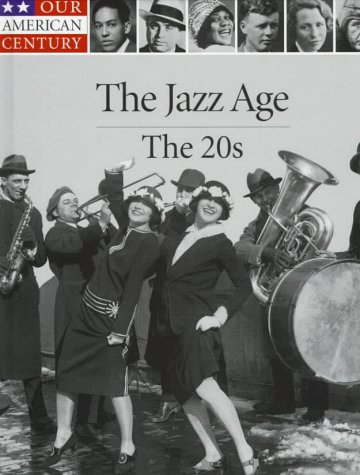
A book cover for The Jazz Age: The 20s (Our American Century); Teen & Young Adult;